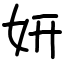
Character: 妍